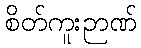
စိတ်ကူးဉာဏ်